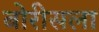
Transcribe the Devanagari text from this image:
बोरीसला